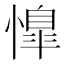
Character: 𢡋